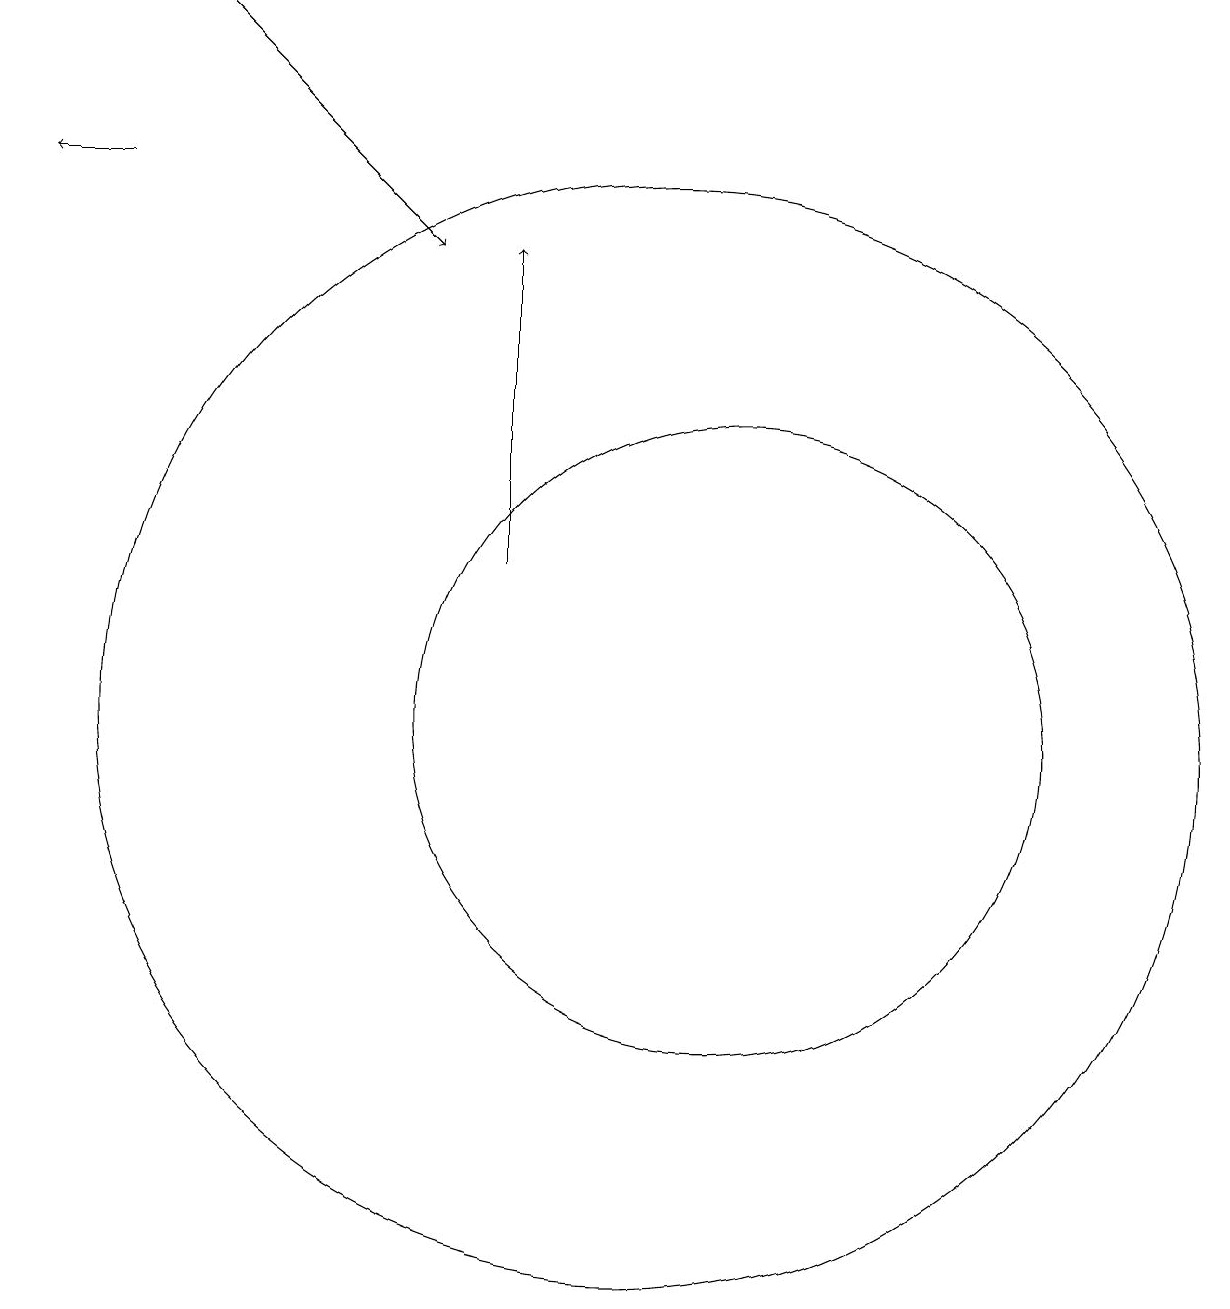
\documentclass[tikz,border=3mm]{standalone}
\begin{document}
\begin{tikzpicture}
\draw[->] (8,12) -- (8,16);
\draw (10,10) circle (7);
\draw[->] (4,19) -- (7,16);
\draw (11,10) circle (4);
\draw[->] (3,17) -- (2,17);
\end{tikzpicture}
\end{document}